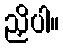
ညှိပါ။